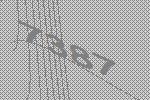
7387